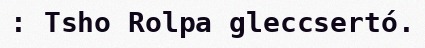
: Tsho Rolpa gleccsertó.